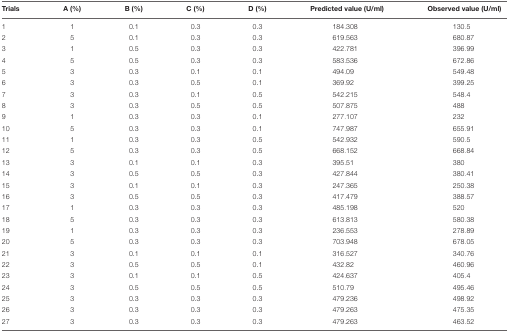
<table><thead><tr><td><b>Trials</b></td><td><b>A (%)</b></td><td><b>B (%)</b></td><td><b>C (%)</b></td><td><b>D (%)</b></td><td><b>Predicted value (U/ml)</b></td><td><b>Observed value (U/ml)</b></td></tr></thead><tbody><tr><td>1</td><td>1</td><td>0.1</td><td>0.3</td><td>0.3</td><td>184.308</td><td>130.5</td></tr><tr><td>2</td><td>5</td><td>0.1</td><td>0.3</td><td>0.3</td><td>619.563</td><td>680.87</td></tr><tr><td>3</td><td>1</td><td>0.5</td><td>0.3</td><td>0.3</td><td>422.781</td><td>396.99</td></tr><tr><td>4</td><td>5</td><td>0.5</td><td>0.3</td><td>0.3</td><td>583.536</td><td>672.86</td></tr><tr><td>5</td><td>3</td><td>0.3</td><td>0.1</td><td>0.1</td><td>494.09</td><td>549.48</td></tr><tr><td>6</td><td>3</td><td>0.3</td><td>0.5</td><td>0.1</td><td>369.92</td><td>399.25</td></tr><tr><td>7</td><td>3</td><td>0.3</td><td>0.1</td><td>0.5</td><td>542.215</td><td>548.4</td></tr><tr><td>8</td><td>3</td><td>0.3</td><td>0.5</td><td>0.5</td><td>507.875</td><td>488</td></tr><tr><td>9</td><td>1</td><td>0.3</td><td>0.3</td><td>0.1</td><td>277.107</td><td>232</td></tr><tr><td>10</td><td>5</td><td>0.3</td><td>0.3</td><td>0.1</td><td>747.987</td><td>655.91</td></tr><tr><td>11</td><td>1</td><td>0.3</td><td>0.3</td><td>0.5</td><td>542.932</td><td>590.5</td></tr><tr><td>12</td><td>5</td><td>0.3</td><td>0.3</td><td>0.5</td><td>668.152</td><td>668.84</td></tr><tr><td>13</td><td>3</td><td>0.1</td><td>0.1</td><td>0.3</td><td>395.51</td><td>380</td></tr><tr><td>14</td><td>3</td><td>0.5</td><td>0.5</td><td>0.3</td><td>427.844</td><td>380.41</td></tr><tr><td>15</td><td>3</td><td>0.1</td><td>0.1</td><td>0.3</td><td>247.365</td><td>250.38</td></tr><tr><td>16</td><td>3</td><td>0.5</td><td>0.5</td><td>0.3</td><td>417.479</td><td>388.57</td></tr><tr><td>17</td><td>1</td><td>0.3</td><td>0.3</td><td>0.3</td><td>485.198</td><td>520</td></tr><tr><td>18</td><td>5</td><td>0.3</td><td>0.3</td><td>0.3</td><td>613.813</td><td>580.38</td></tr><tr><td>19</td><td>1</td><td>0.3</td><td>0.3</td><td>0.3</td><td>236.553</td><td>278.89</td></tr><tr><td>20</td><td>5</td><td>0.3</td><td>0.3</td><td>0.3</td><td>703.948</td><td>678.05</td></tr><tr><td>21</td><td>3</td><td>0.1</td><td>0.1</td><td>0.1</td><td>316.527</td><td>340.76</td></tr><tr><td>22</td><td>3</td><td>0.5</td><td>0.5</td><td>0.1</td><td>432.82</td><td>460.96</td></tr><tr><td>23</td><td>3</td><td>0.1</td><td>0.1</td><td>0.5</td><td>424.637</td><td>405.4</td></tr><tr><td>24</td><td>3</td><td>0.5</td><td>0.5</td><td>0.5</td><td>510.79</td><td>495.46</td></tr><tr><td>25</td><td>3</td><td>0.3</td><td>0.3</td><td>0.3</td><td>479.236</td><td>498.92</td></tr><tr><td>26</td><td>3</td><td>0.3</td><td>0.3</td><td>0.3</td><td>479.263</td><td>475.35</td></tr><tr><td>27</td><td>3</td><td>0.3</td><td>0.3</td><td>0.3</td><td>479.263</td><td>463.52</td></tr></tbody></table>